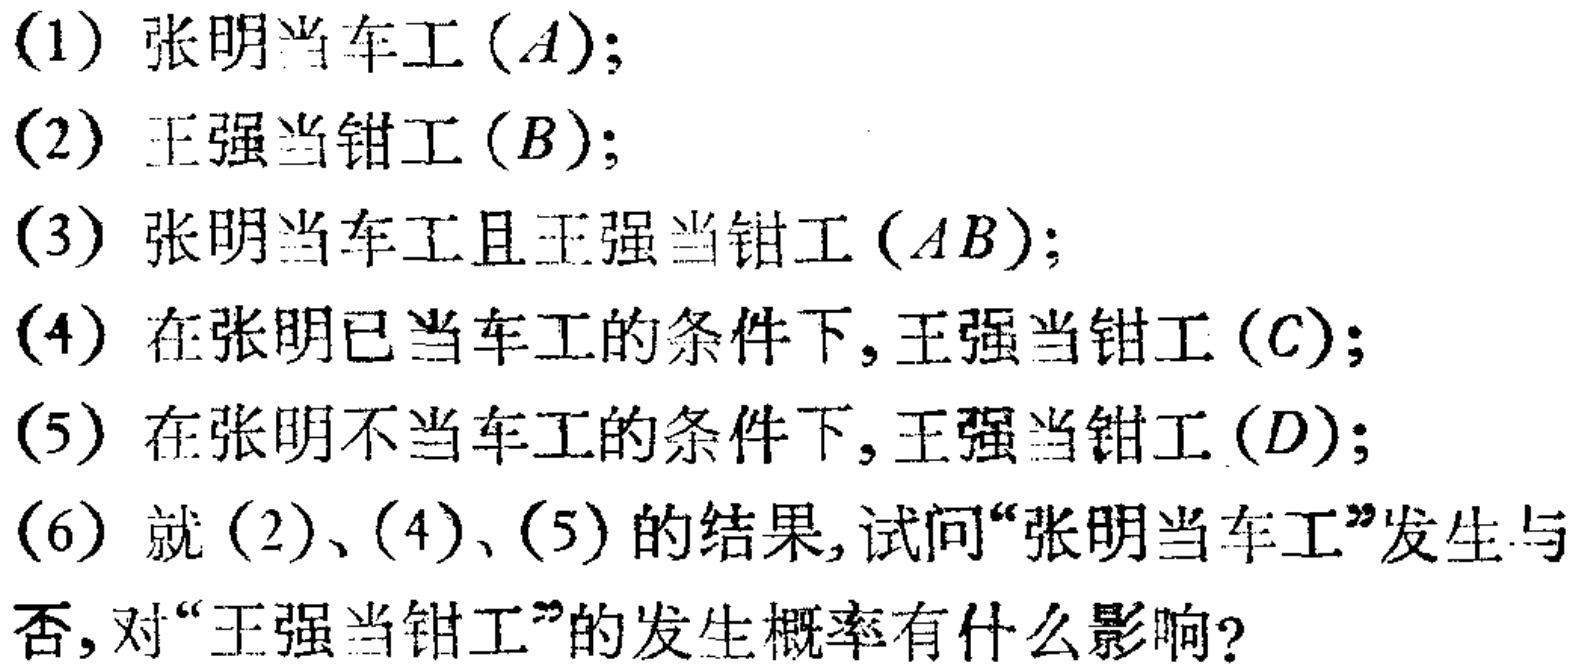
(1) 张明当车工 ($A$);

(2) 王强当钳工 ($B$);

(3) 张明当车工且王强当钳工 ($AB$);

(4) 在张明已当车工的条件下,王强当钳工 ($C$);

(5) 在张明不当车工的条件下,王强当钳工 ($D$);

(6) 就(2)、(4)、(5)的结果,试问“张明当车工”发生与否,对“王强当钳工”的发生概率有什么影响?